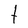
Character: t